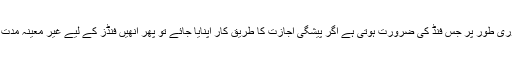
سرگرم کارکنوں کو فوری طور پر جس فنڈ کی ضرورت ہوتی ہے اگر پیشگی اجازت کا طریق کار اپنایا جائے تو پھر انھیں فنڈز کے لیے غیر معینہ مدت تک انتظار کرنا ہو گا۔